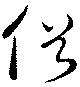
俗